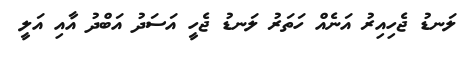
ލަނޑު ޖެހިއިރު އަނެއް ހަތަރު ލަނޑު ޖެހީ އަސަދު އަބްދު އާއި އަލީ